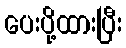
ပေးပို့ထားပြီး